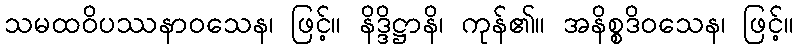
သမထဝိပဿနာဝသေန၊ ဖြင့်။ နိဒ္ဒိဋ္ဌာနိ၊ ကုန်၏။ အနိစ္စဒိဝသေန၊ ဖြင့်။